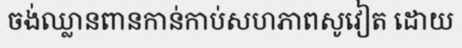
ចង់ឈ្លានពានកាន់កាប់សហភាពសូវៀត ដោយ